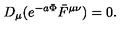
D _ { \mu } ( e ^ { - a \Phi } \bar { F } ^ { \mu \nu } ) = 0 .